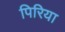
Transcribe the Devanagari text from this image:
पिरिया